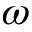
\omega